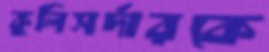
কুলিসর্দারকে